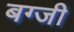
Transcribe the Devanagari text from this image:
बग्जी